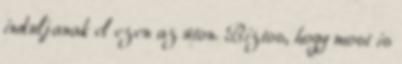
induljanak el ezen az úton. Biztos, hogy most is